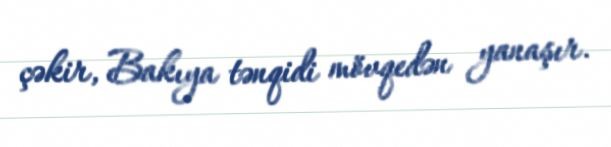
çəkir, Bakıya tənqidi mövqedən yanaşır.